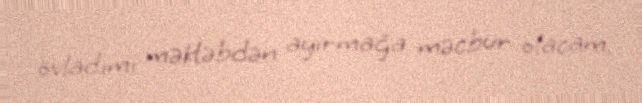
övladımı məktəbdən ayırmağa məcbur olacam.